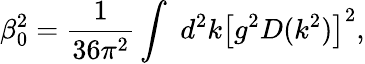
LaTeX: \beta_{0}^{2}=\frac{1}{36\pi^{2}}\int_{}^{}\, d^{2}k\left[g^{2}D(k^{2})\right]^{2},